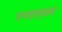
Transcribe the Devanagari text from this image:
एनहाड्राइड